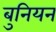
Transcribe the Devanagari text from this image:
बुनियन